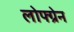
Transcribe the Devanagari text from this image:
लोफ्ग्रेन